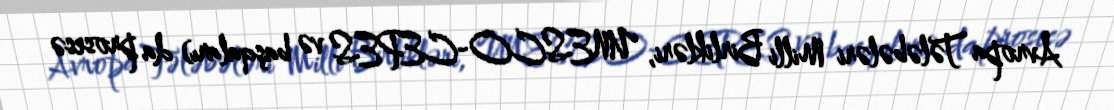
Avropa Tələbələri Milli Birlikləri, UNESCO-CEPES və başqaları) da prosesə